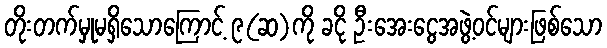
တိုးတက်မှုမရှိသောကြောင့် ၉(ဆ)ကို ခငို ဦးအေးငွေအဖွဲ့ဝင်များဖြစ်သော